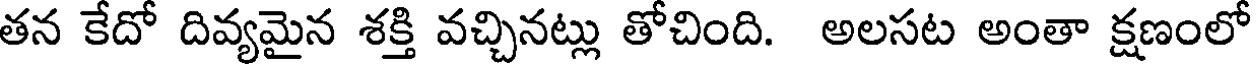
తన కేదో దివ్యమైన శక్తి వచ్చినట్లు తోచింది. అలసట అంతా క్షణంలో